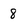
Character: 8